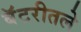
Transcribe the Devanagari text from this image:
बॅटरीतले